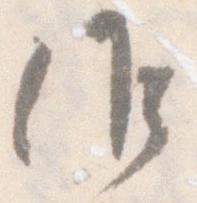
候